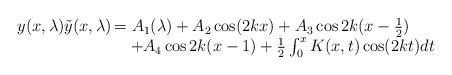
LaTeX: \begin{align*}\begin{array}{rl}y(x,\lambda)\tilde{y}(x,\lambda)\!\!\!\!&=A_1(\lambda)+A_2\cos(2kx)+A_3\cos2k(x-\frac{1}{2})\\&\quad+A_4\cos2k(x-1)+\frac{1}{2}\int_0^xK(x,t)\cos(2kt)dt\end{array}\end{align*}